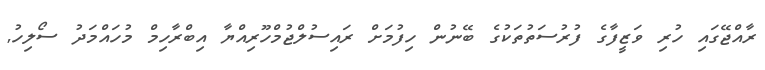
ރާއްޖޭގައި ހުރި ވަޒީފާގެ ފުރުސަތުތަކުގެ ބޭނުން ހިފުމަށް ރައިސުލްޖުމްހޫރިއްޔާ އިބްރާހިމް މުހައްމަދު ސޯލިހު